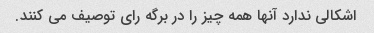
اشکالی ندارد آنها همه چیز را در برگه رای توصیف می کنند.